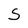
Character: S